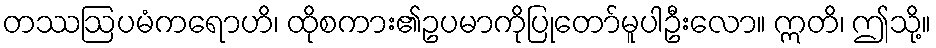
တဿဩပမံကရောဟိ၊ ထိုစကား၏ဥပမာကိုပြုတော်မူပါဦးလော။ ဣတိ၊ ဤသို့။